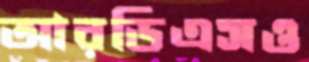
আরডিএসও